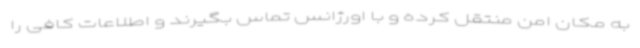
به مکان امن منتقل کرده و با اورژانس تماس بگیرند و اطلاعات کافی را